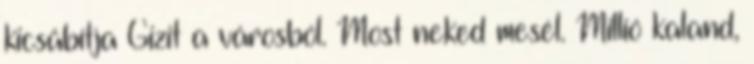
kicsábítja Gizit a városból. Most neked mesél. Millió kaland,